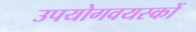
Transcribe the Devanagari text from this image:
उपयोगवयस्कों